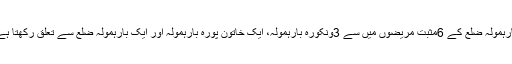
بارہمولہ ضلع کے 6مثبت مریضوں میں سے 3ونکورہ بارہمولہ، ایک خاتون پورہ بارہمولہ اور ایک بارہمولہ ضلع سے تعلق رکھتا ہے۔